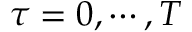
\tau = 0 , \cdots , T